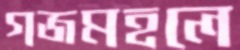
গজমহলে